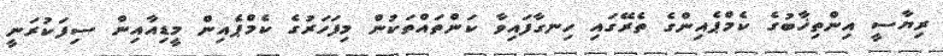
ރިޔާސީ އިންތިޚާބުގެ ކެމްޕެއިންގެ ތެރޭގައި ހިނގާފައިވާ ކަންތައްތަކުން މިފަހަރުގެ ކެމްޕެއިން މީޑިއާއިން ސިފަކުރަނީ